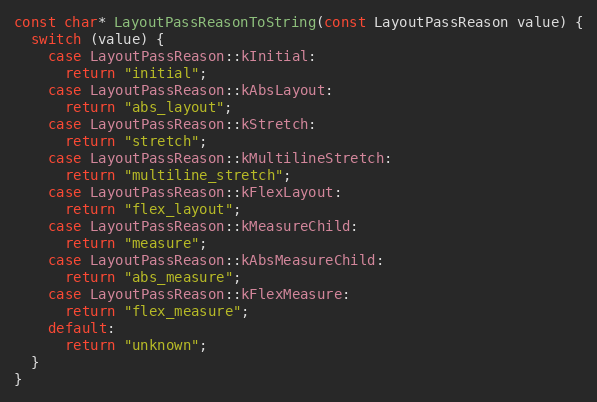
Language: C++
const char* LayoutPassReasonToString(const LayoutPassReason value) {
  switch (value) {
    case LayoutPassReason::kInitial:
      return "initial";
    case LayoutPassReason::kAbsLayout:
      return "abs_layout";
    case LayoutPassReason::kStretch:
      return "stretch";
    case LayoutPassReason::kMultilineStretch:
      return "multiline_stretch";
    case LayoutPassReason::kFlexLayout:
      return "flex_layout";
    case LayoutPassReason::kMeasureChild:
      return "measure";
    case LayoutPassReason::kAbsMeasureChild:
      return "abs_measure";
    case LayoutPassReason::kFlexMeasure:
      return "flex_measure";
    default:
      return "unknown";
  }
}